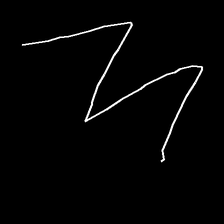
Glyph: crush